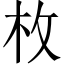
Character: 枚